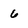
Character: 6